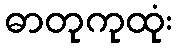
ဓာတုကုထုံး